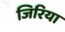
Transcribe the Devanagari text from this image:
जिरिया